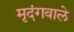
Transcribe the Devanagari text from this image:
मृदंगवाले